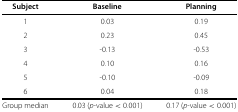
<table><thead><tr><td><b>Subject</b></td><td><b>Baseline</b></td><td><b>Planning</b></td></tr></thead><tbody><tr><td>1</td><td>0.03</td><td>0.19</td></tr><tr><td>2</td><td>0.23</td><td>0.45</td></tr><tr><td>3</td><td>-0.13</td><td>-0.53</td></tr><tr><td>4</td><td>0.10</td><td>0.16</td></tr><tr><td>5</td><td>-0.10</td><td>-0.09</td></tr><tr><td>6</td><td>0.04</td><td>0.18</td></tr><tr><td>Group median</td><td>0.03 (<i>p</i>-value &lt;0.001)</td><td>0.17 (<i>p</i>-value &lt;0.001)</td></tr></tbody></table>